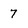
Character: 7